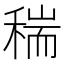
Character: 𥠄